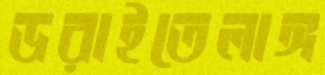
ডরাইতেলাঙ্গ